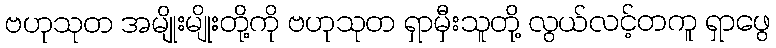
ဗဟုသုတ အမျိုးမျိုးတို့ကို ဗဟုသုတ ရှာမှီးသူတို့ လွယ်လင့်တကူ ရှာဖွေ